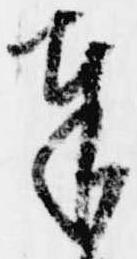
奉